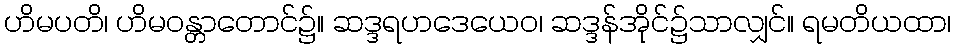
ဟိမပတိ၊ ဟိမဝန္တာတောင်၌။ ဆဒ္ဒရဟဒေယေဝ၊ ဆဒ္ဒန်အိုင်၌သာလျှင်။ ရမတိယထာ၊